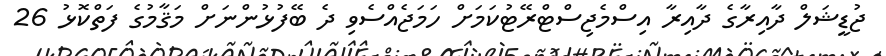
ޖުޑީޝަލް ދާއިރާގެ ދާއިރާ އިސްމެޖިސްޓްރޭޓުކަމަށް ހަމަޖެއްސެވި ދެ ބޭފުޅުންނަށް މަޤާމުގެ ފަތްކޮޅު 26